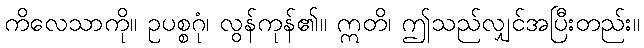
ကိလေသာကို။ ဥပစ္စဂုံ၊ လွန်ကုန်၏။ ဣတိ၊ ဤသည်လျှင်အပြီးတည်း။